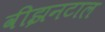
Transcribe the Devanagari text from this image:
वीझनटाल